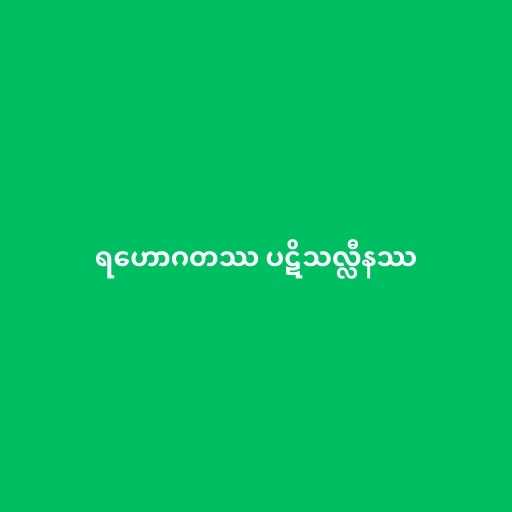
ရဟောဂတဿ ပဋိသလ္လီနဿ